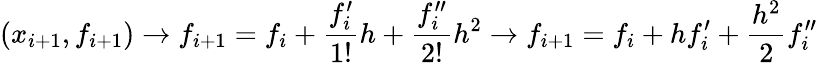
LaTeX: (x_{i+1},f_{i+1})\rightarrow f_{i+1}=f_{i}+\frac{f_{i}^{\prime}}{1!}h+\frac{f_{i}^{\prime\prime}}{2!}h^{2}\rightarrow f_{i+1}=f_{i}+hf_{i}^{\prime}+\frac{h^{2}}{2}f_{i}^{\prime\prime}